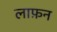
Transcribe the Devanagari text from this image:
लाफ़न